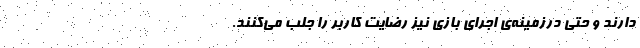
دارند و حتی درزمینه‌ی اجرای بازی نیز رضایت کاربر را جلب می‌کنند.